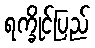
ရက္ခိုင်ပြည်